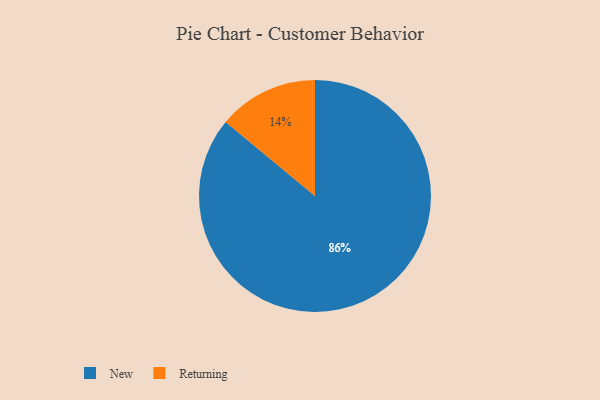
{"axis": {"x": "Category", "y": "Percentage"}, "legend": ["New", "Returning"], "data": [{"x": "Returning", "y": 14, "type": "Returning"}, {"x": "New", "y": 86, "type": "New"}]}